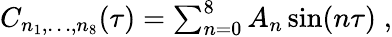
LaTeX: \begin{array}{r}{C_{n_{1},\ldots,n_{8}}(\tau)=\sum_{n=0}^{8}A_{n}\sin(n\tau)\; ,}\end{array}